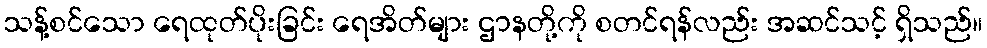
သန့်စင်သော ရေထုတ်ပိုးခြင်း ရေအိတ်များ ဌာနတို့ကို စတင်ရန်လည်း အဆင်သင့် ရှိသည်။